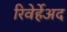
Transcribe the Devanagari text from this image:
रिवेर्हेअद